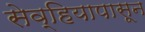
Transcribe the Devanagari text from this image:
सेव्हियापासून